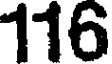
116